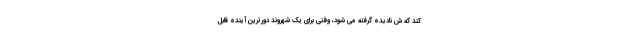
کند که ش نادیده گرفته می شود، وقتی برای یک شهروند دورترین آینده قابل